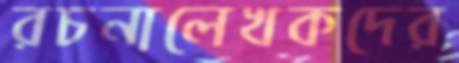
রচনালেখকদের